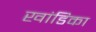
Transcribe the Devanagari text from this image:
खांडिका